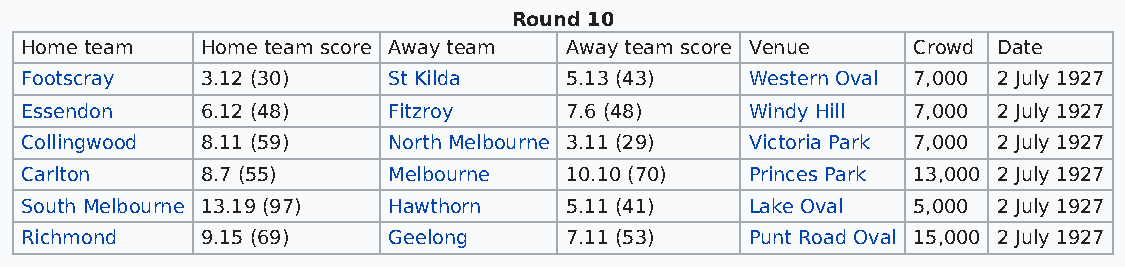
Round 10
 Home team   Home team score Away team Away team score Venue Crowd Date
 Footscray   3.12 (30)    St Kilda   5.13 (43)    Western Oval 7,000 2 July 1927
 Essendon    6.12 (48)    Fitzroy    7.6 (48)     Windy Hill 7,000 2 July 1927
 Collingwood 8.11 (59)    North Melbourne 3.11 (29) Victoria Park 7,000 2 July 1927
 Carlton     8.7 (55)     Melbourne  10.10 (70)   Princes Park 13,000 2 July 1927
 South Melbourne 13.19 (97) Hawthorn 5.11 (41)    Lake Oval 5,000 2 July 1927
 Richmond    9.15 (69)    Geelong    7.11 (53)    Punt Road Oval 15,000 2 July 1927